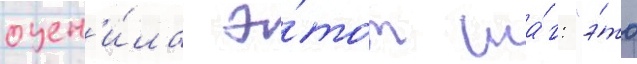
оцен'и́ла э́тот ша́г: "э́то